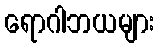
ရောဂါဘယများ